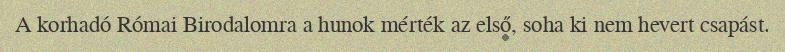
A korhadó Római Birodalomra a hunok mérték az első, soha ki nem hevert csapást.